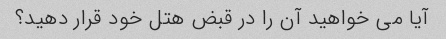
آیا می خواهید آن را در قبض هتل خود قرار دهید؟